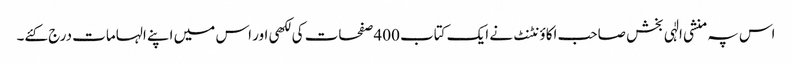
اس پہ منشی الٰہی بخش صاحب اکاؤنٹنٹ نے ایک کتاب 400 صفحات کی لکھی اور اس میں اپنے الہامات درج کئے۔